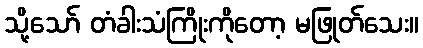
သို့သော် တံခါးသံကြိုးကိုတော့ မဖြုတ်သေး။